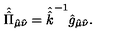
\hat { \hat { \Pi } } _ { \hat { \mu } \hat { \nu } } = \hat { \hat { k } } ^ { - 1 } \hat { g } _ { \hat { \mu } \hat { \nu } } .